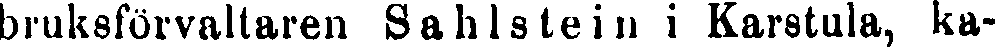
bruksförvaltaren Sahlstein i Karstula, ka-